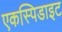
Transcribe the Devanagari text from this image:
एकस्पिडाइट